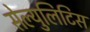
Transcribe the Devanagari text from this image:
सेल्युलिटिस